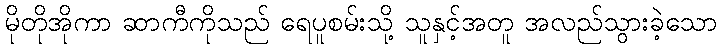
မိုတိုအိုကာ ဆာကီကိုသည် ရေပူစမ်းသို့ သူနှင့်အတူ အလည်သွားခဲ့သော